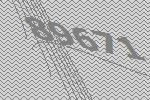
89671